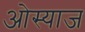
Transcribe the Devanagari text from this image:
ओस्याज